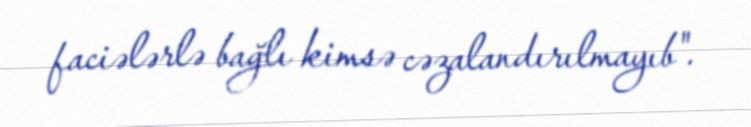
faciələrlə bağlı kimsə cəzalandırılmayıb".